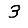
Digit: 3